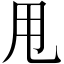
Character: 甩